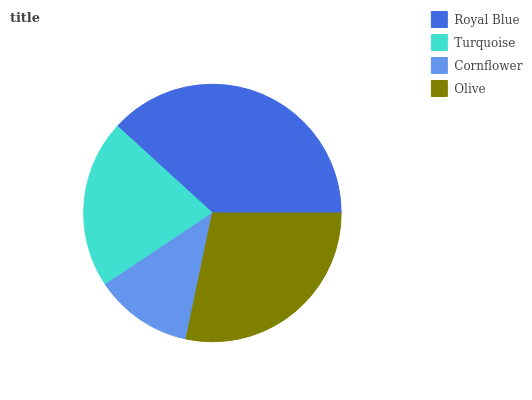
| Royal Blue | Turquoise | Cornflower | Olive |
 | --- | --- | --- | --- |
 | 38.2% | 21.2% | 12.3% | 28.3% |